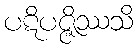
ပဋိပဇ္ဇိဿသိ